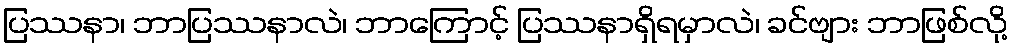
ပြဿနာ၊ ဘာပြဿနာလဲ၊ ဘာကြောင့် ပြဿနာရှိရမှာလဲ၊ ခင်ဗျား ဘာဖြစ်လို့